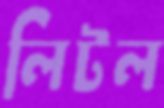
লিটল